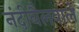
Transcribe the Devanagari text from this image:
नंदीबैलवाले